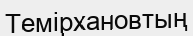
Темірхановтың